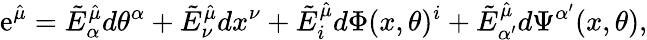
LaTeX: \mathrm{e}^{\hat{{\mu}}}=\tilde{{E}}_{\alpha}^{\hat{{\mu}}}d\theta^{\alpha}+\tilde{{E}}_{\nu}^{\hat{{\mu}}}dx^{\nu}+\tilde{{E}}_{i}^{\hat{{\mu}}}d\Phi(x,\theta)^{i}+\tilde{{E}}_{\alpha^{\prime}}^{\hat{{\mu}}}d\Psi^{\alpha^{\prime}}(x,\theta),